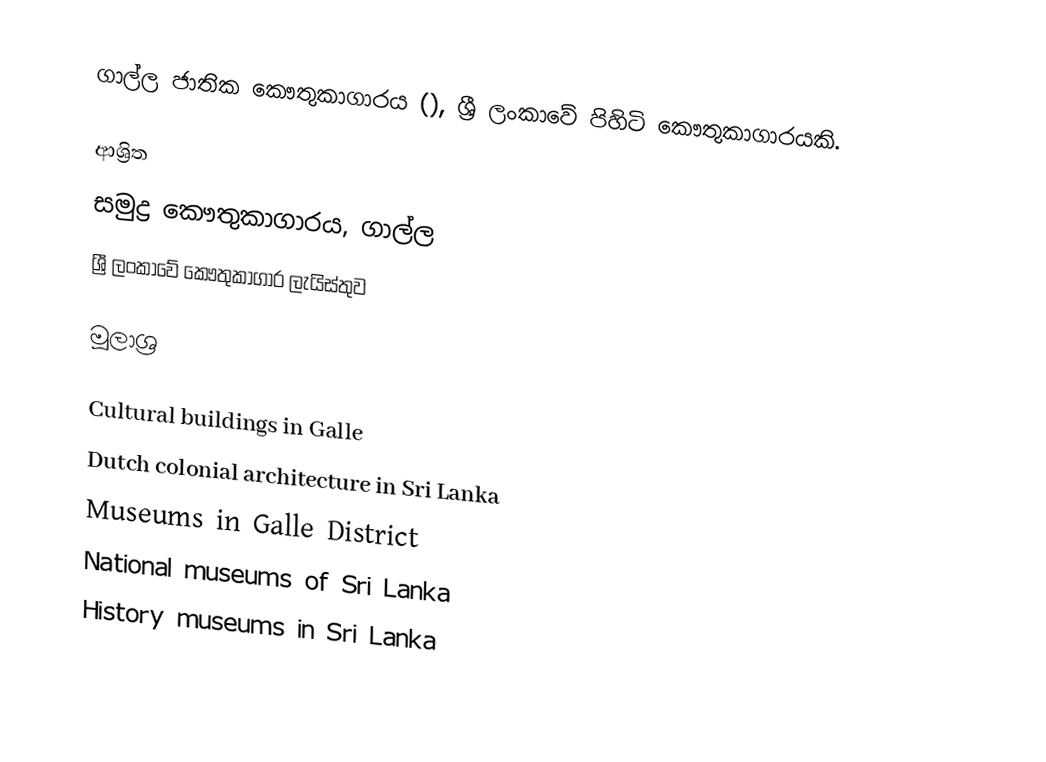
ගාල්ල ජාතික කෞතුකාගාරය (), ශ්‍රී ලංකාවේ පිහිටි කෞතුකාගාරයකි.

ආශ්‍රිත
සමුද්‍ර කෞතුකාගාරය, ගාල්ල
ශ්‍රී ලංකාවේ කෞතුකාගාර ලැයිස්තුව

මූලාශ්‍ර

Cultural buildings in Galle
Dutch colonial architecture in Sri Lanka
Museums in Galle District
National museums of Sri Lanka
History museums in Sri Lanka